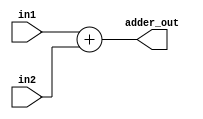
module adder(input wire [31:0] in1, input wire [31:0] in2, output reg [31:0] adder_out);
  always @(in1)
    begin
      adder_out = in1 + in2;	//add inputs and send on out wire
    end
endmodule